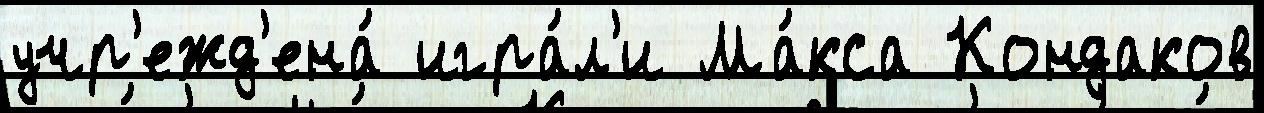
учр'ежд'ена́ игра́л'и Ма́кса Кондаков